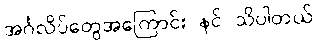
အင်္ဂလိပ်တွေအကြောင်း နင် သိပါတယ်